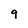
Character: 9